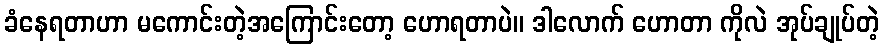
ခံနေရတာဟာ မကောင်းတဲ့အကြောင်းတော့ ဟောရတာပဲ။ ဒါလောက် ဟောတာ ကိုလဲ အုပ်ချုပ်တဲ့